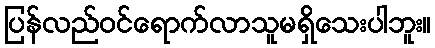
ပြန်လည်ဝင်ရောက်လာသူမရှိသေးပါဘူး။